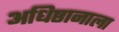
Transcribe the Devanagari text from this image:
अधिष्ठानाला